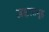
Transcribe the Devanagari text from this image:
अक्षरसमूह